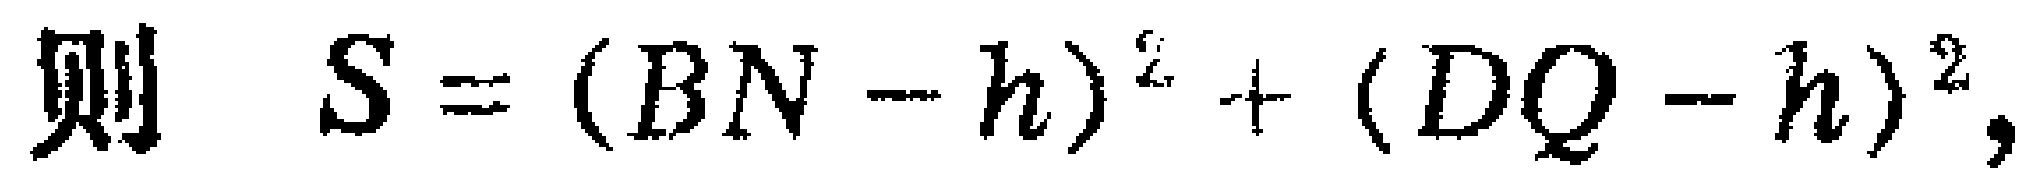
则 \(S=(BN - h)^{2}+(DQ - h)^{2},\)